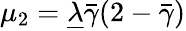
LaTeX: \mu_{2}={\underline{{\lambda}}\bar{\gamma}}{(2-\bar{\gamma})}